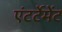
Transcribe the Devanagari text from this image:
एंटर्टेमेंट